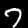
Label: 7